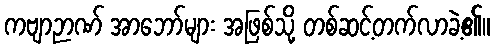
ကဗျာဉာဏ် အာဘော်များ အဖြစ်သို့ တစ်ဆင့်တက်လာခဲ့၏။